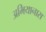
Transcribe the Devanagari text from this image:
अभियानास